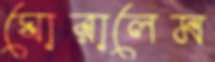
ঘোরালেম